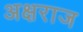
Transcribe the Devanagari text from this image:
अक्षराज